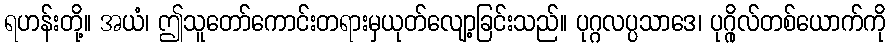
ရဟန်းတို့။ အယံ၊ ဤသူတော်ကောင်းတရားမှယုတ်လျော့ခြင်းသည်။ ပုဂ္ဂလပ္ပသာဒေ၊ ပုဂ္ဂိုလ်တစ်ယောက်ကို